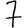
Digit: 7